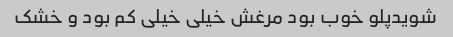
شویدپلو خوب بود مرغش خیلی خیلی کم بود و خشک